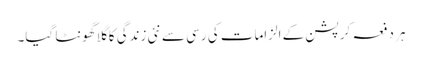
ہر دفعہ کرپشن کے الزامات کی رسی سے نئی زندگی کا گلا گھونٹا گیا۔